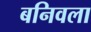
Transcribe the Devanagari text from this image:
बनिवला